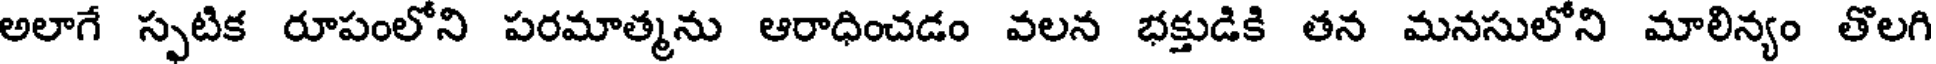
అలాగే స్పటిక రూపంలోని పరమాత్మను ఆరాధించడం వలన భక్తుడికి తన మనసులోని మాలిన్యం తొలగి